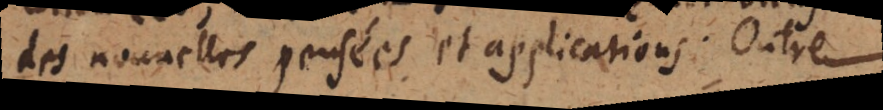
des nouvelles pensées et applications. Outre